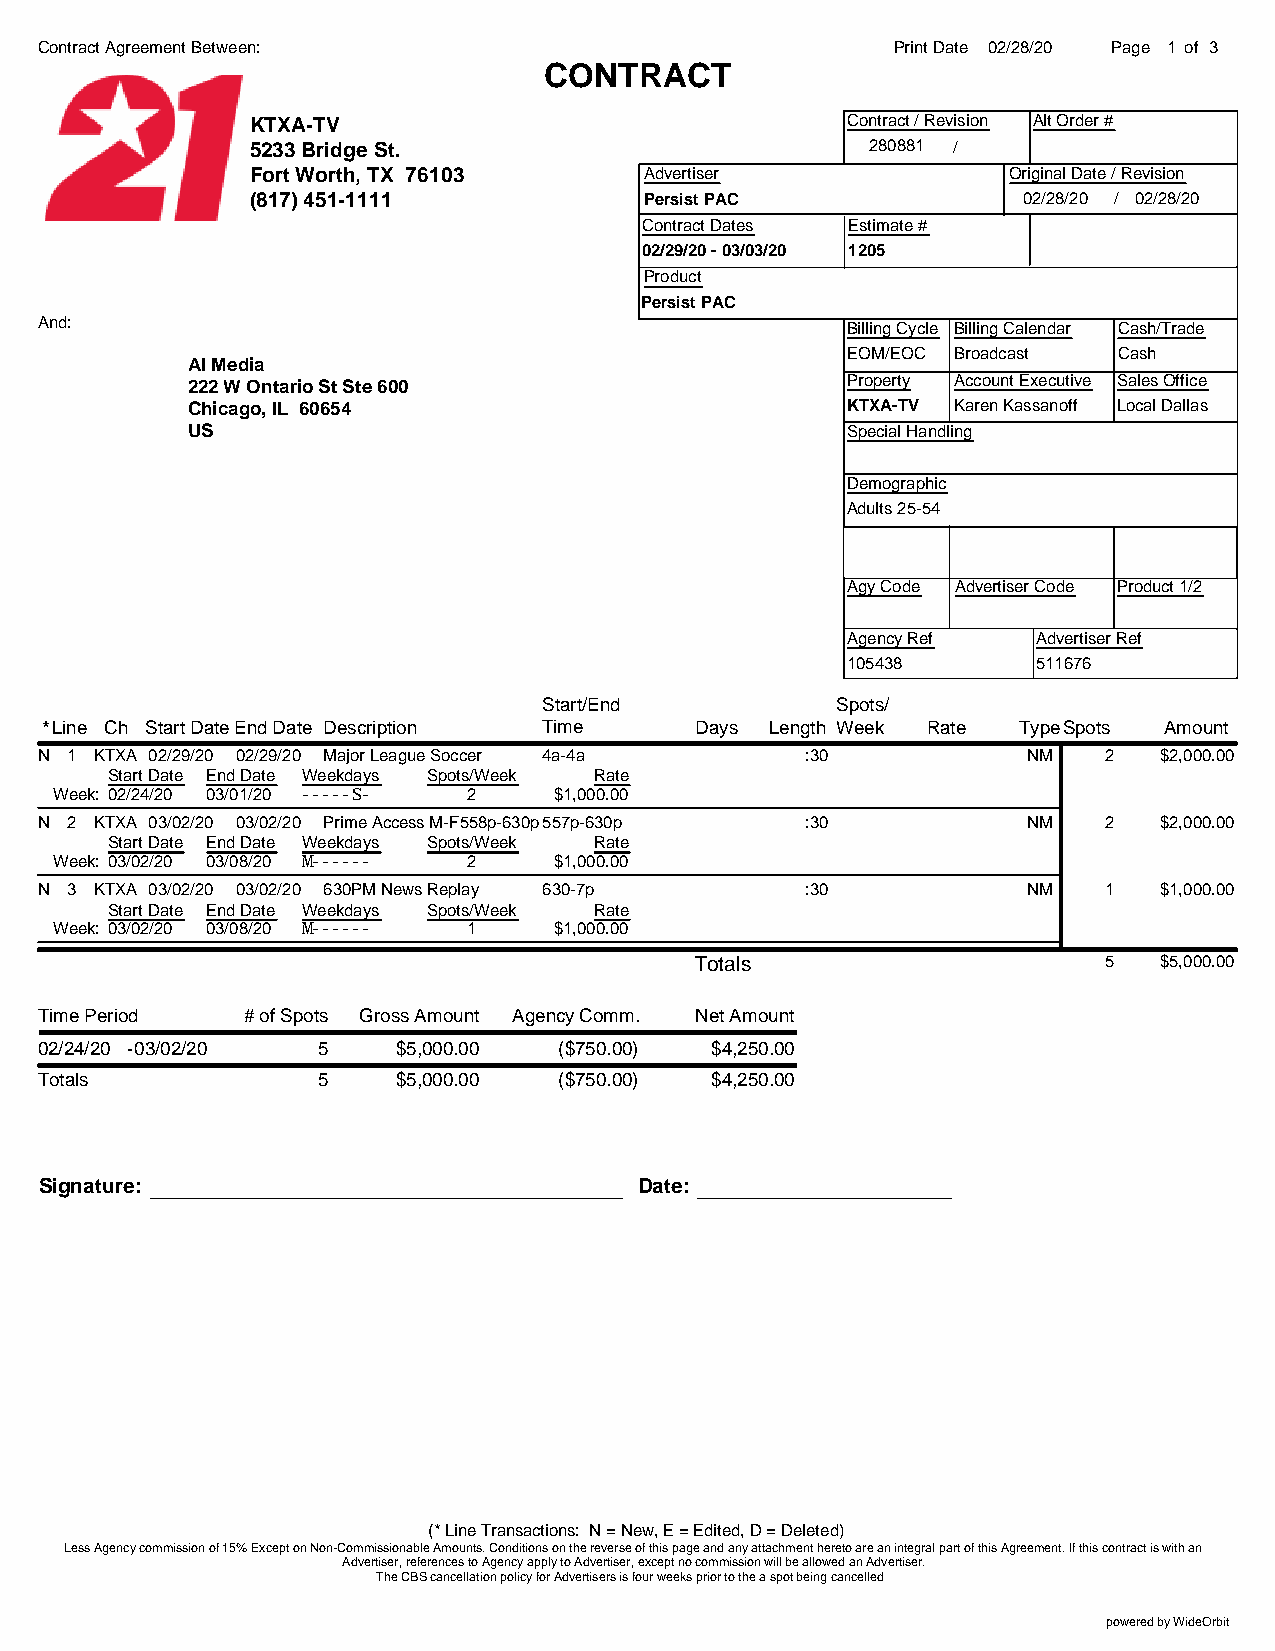
Contract Agreement Between:                              Print Date 02/28/20 Page 1 of 3
 CONTRACT
 KTXA-TV                                Contract / Revision Alt Order #
 5233 Bridge St.                          280881 /
 Fort Worth, TX 76103      Advertiser              Original Date / Revision
 (817) 451-1111            Persist PAC              02/28/20 / 02/28/20
 Contract Dates Estimate #
 02/29/20 - 03/03/20 1205
 Product
 Persist PAC
 And:                                                  Billing Cycle Billing Calendar Cash/Trade
 EOM/EOC Broadcast Cash
 Al Media
 222 W Ontario St Ste 600                    Property Account Executive Sales Office
 Chicago, IL 60654                           KTXA-TV Karen Kassanoff Local Dallas
 US                                          Special Handling
 Demographic
 Adults 25-54
 Agy Code Advertiser Code Product 1/2
 Agency Ref   Advertiser Ref
 105438       511676
 Start/End          Spots/
 *Line Ch Start DateEnd Date Description Time Days Length Week Rate TypeSpots Amount
 N 1 KTXA 02/29/20 02/29/20 Major League Soccer 4a-4a :30          NM   2   $2,000.00
 Start Date End Date Weekdays Spots/Week Rate
 Week: 02/24/20 03/01/20 -----S- 2 $1,000.00
 N 2 KTXA 03/02/20 03/02/20 Prime Access M-F558p-630p557p-630p :30 NM   2   $2,000.00
 Start Date End Date Weekdays Spots/Week Rate
 Week: 03/02/20 03/08/20 M------ 2 $1,000.00
 N 3 KTXA 03/02/20 03/02/20 630PM News Replay 630-7p :30           NM   1   $1,000.00
 Start Date End Date Weekdays Spots/Week Rate
 Week: 03/02/20 03/08/20 M------ 1 $1,000.00
 Totals                     5   $5,000.00
 Time Period   # of Spots Gross Amount Agency Comm. Net Amount
 02/24/20 -03/02/20 5    $5,000.00  ($750.00) $4,250.00
 Totals             5    $5,000.00  ($750.00) $4,250.00
 Signature:                             Date:
 (* Line Transactions: N = New, E = Edited, D = Deleted)
 Less Agency commission of 15% Except on Non-Commissionable Amounts. Conditions on the reverse of this page and any attachment hereto are an integral part of this Agreement. If this contract is with an
 Advertiser, references to Agency apply to Advertiser, except no commission will be allowed an Advertiser.
 The CBS cancellation policy for Advertisers is four weeks prior to the a spot being cancelled
 powered by WideOrbit